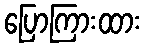
ပြောကြားထား